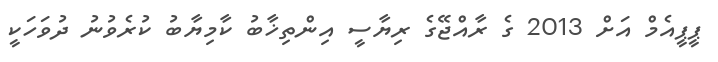
ޕީޕީއެމް އަށް 2013 ގެ ރާއްޖޭގެ ރިޔާސީ އިންތިޚާބު ކާމިޔާބު ކުރެވުނު ދުވަހަކީ